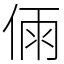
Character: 𠉴